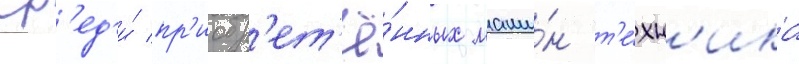
Ср'ед'и́ пр'иобр'ет'ё́нных маши́н т'е́хн'ика